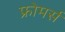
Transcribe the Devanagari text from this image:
फ्रोमर्स